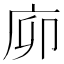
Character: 㡻